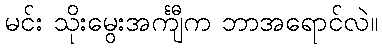
မင်း သိုးမွေးအင်္ကျီက ဘာအရောင်လဲ။